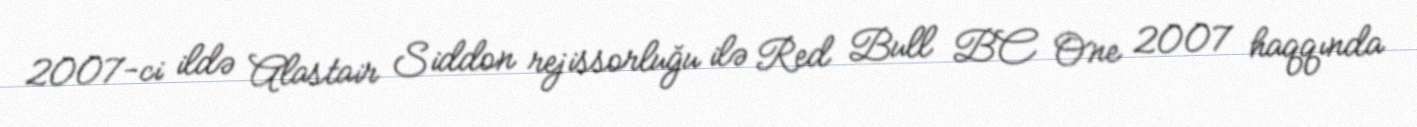
2007-ci ildə Alastair Siddon rejissorluğu ilə Red Bull BC One 2007 haqqında